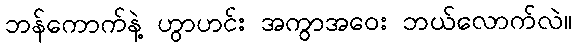
ဘန်ကောက်နဲ့ ဟွာဟင်း အကွာအဝေး ဘယ်လောက်လဲ။